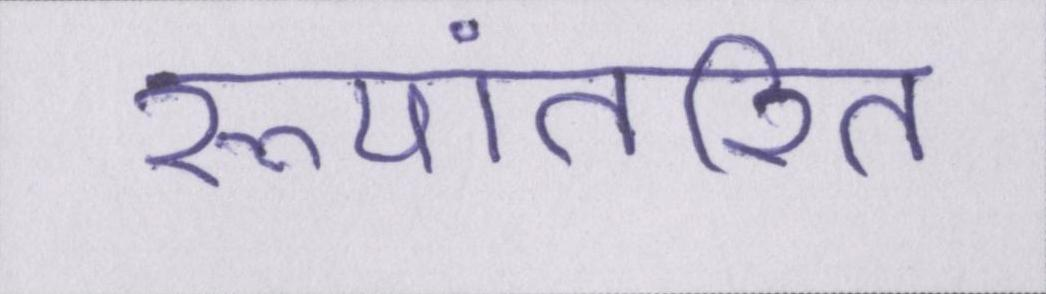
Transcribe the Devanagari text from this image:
रूपांतरित